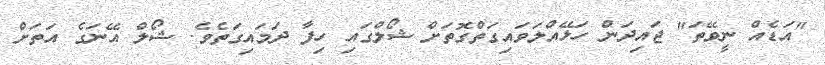
"އަޑެއް ނީވޭތަ" ޖައިދަން ހަޅޭއްލަވައިގަތްގޮތަށް ޝޯލްގައި ހިފާ ދަމައިގަތެވެ. ޝޯލް އޭނަގެ އަތަށް